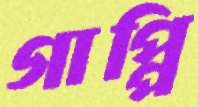
গাপ্পি